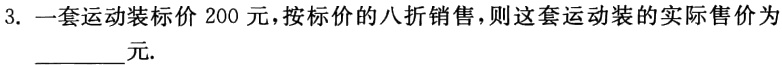
3. 一套运动装标价200元，按标价的八折销售，则这套运动装的实际售价为________元.